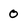
Character: 0